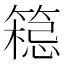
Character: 𱸟